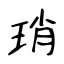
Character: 琑